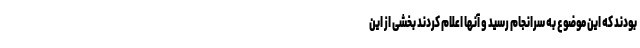
بودند که این موضوع به سرانجام رسید و آنها اعلام کردند بخشی از این